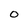
Character: 0